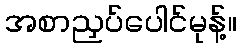
အစာညှပ်ပေါင်မုန့်။